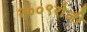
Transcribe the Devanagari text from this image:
२००९रोजी